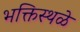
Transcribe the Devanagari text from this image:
भक्तिस्थळे